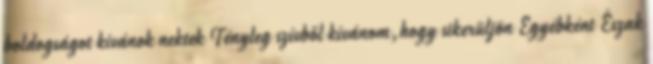
boldogságot kívánok nektek Tényleg szívből kívánom,hogy sikerüljön Egyébként Észak